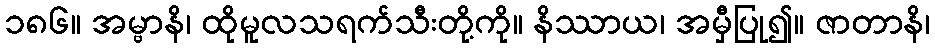
၁၈၆။ အမ္ဗာနိ၊ ထိုမူလသရက်သီးတို့ကို။ နိဿာယ၊ အမှီပြု၍။ ဇာတာနိ၊